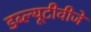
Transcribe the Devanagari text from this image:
डब्ल्यूटीवीजे